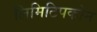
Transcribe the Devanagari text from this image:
लिमिटिपकोन